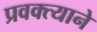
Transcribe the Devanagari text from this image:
प्रवक्त्याने